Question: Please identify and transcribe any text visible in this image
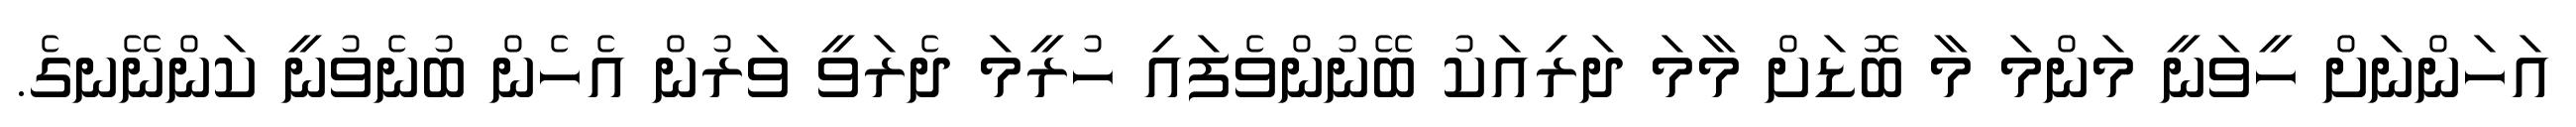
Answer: އަހަންނަށް ހީވަނީ މަންމަ މާ ބޮޑަށް މާމަ ދަރިއަކު ބޭނުންވެފައި ހުރީމަ ދެރަވީ ވަރުން އެހެން ބުނެވުނީ ކަންނޭނގެ.